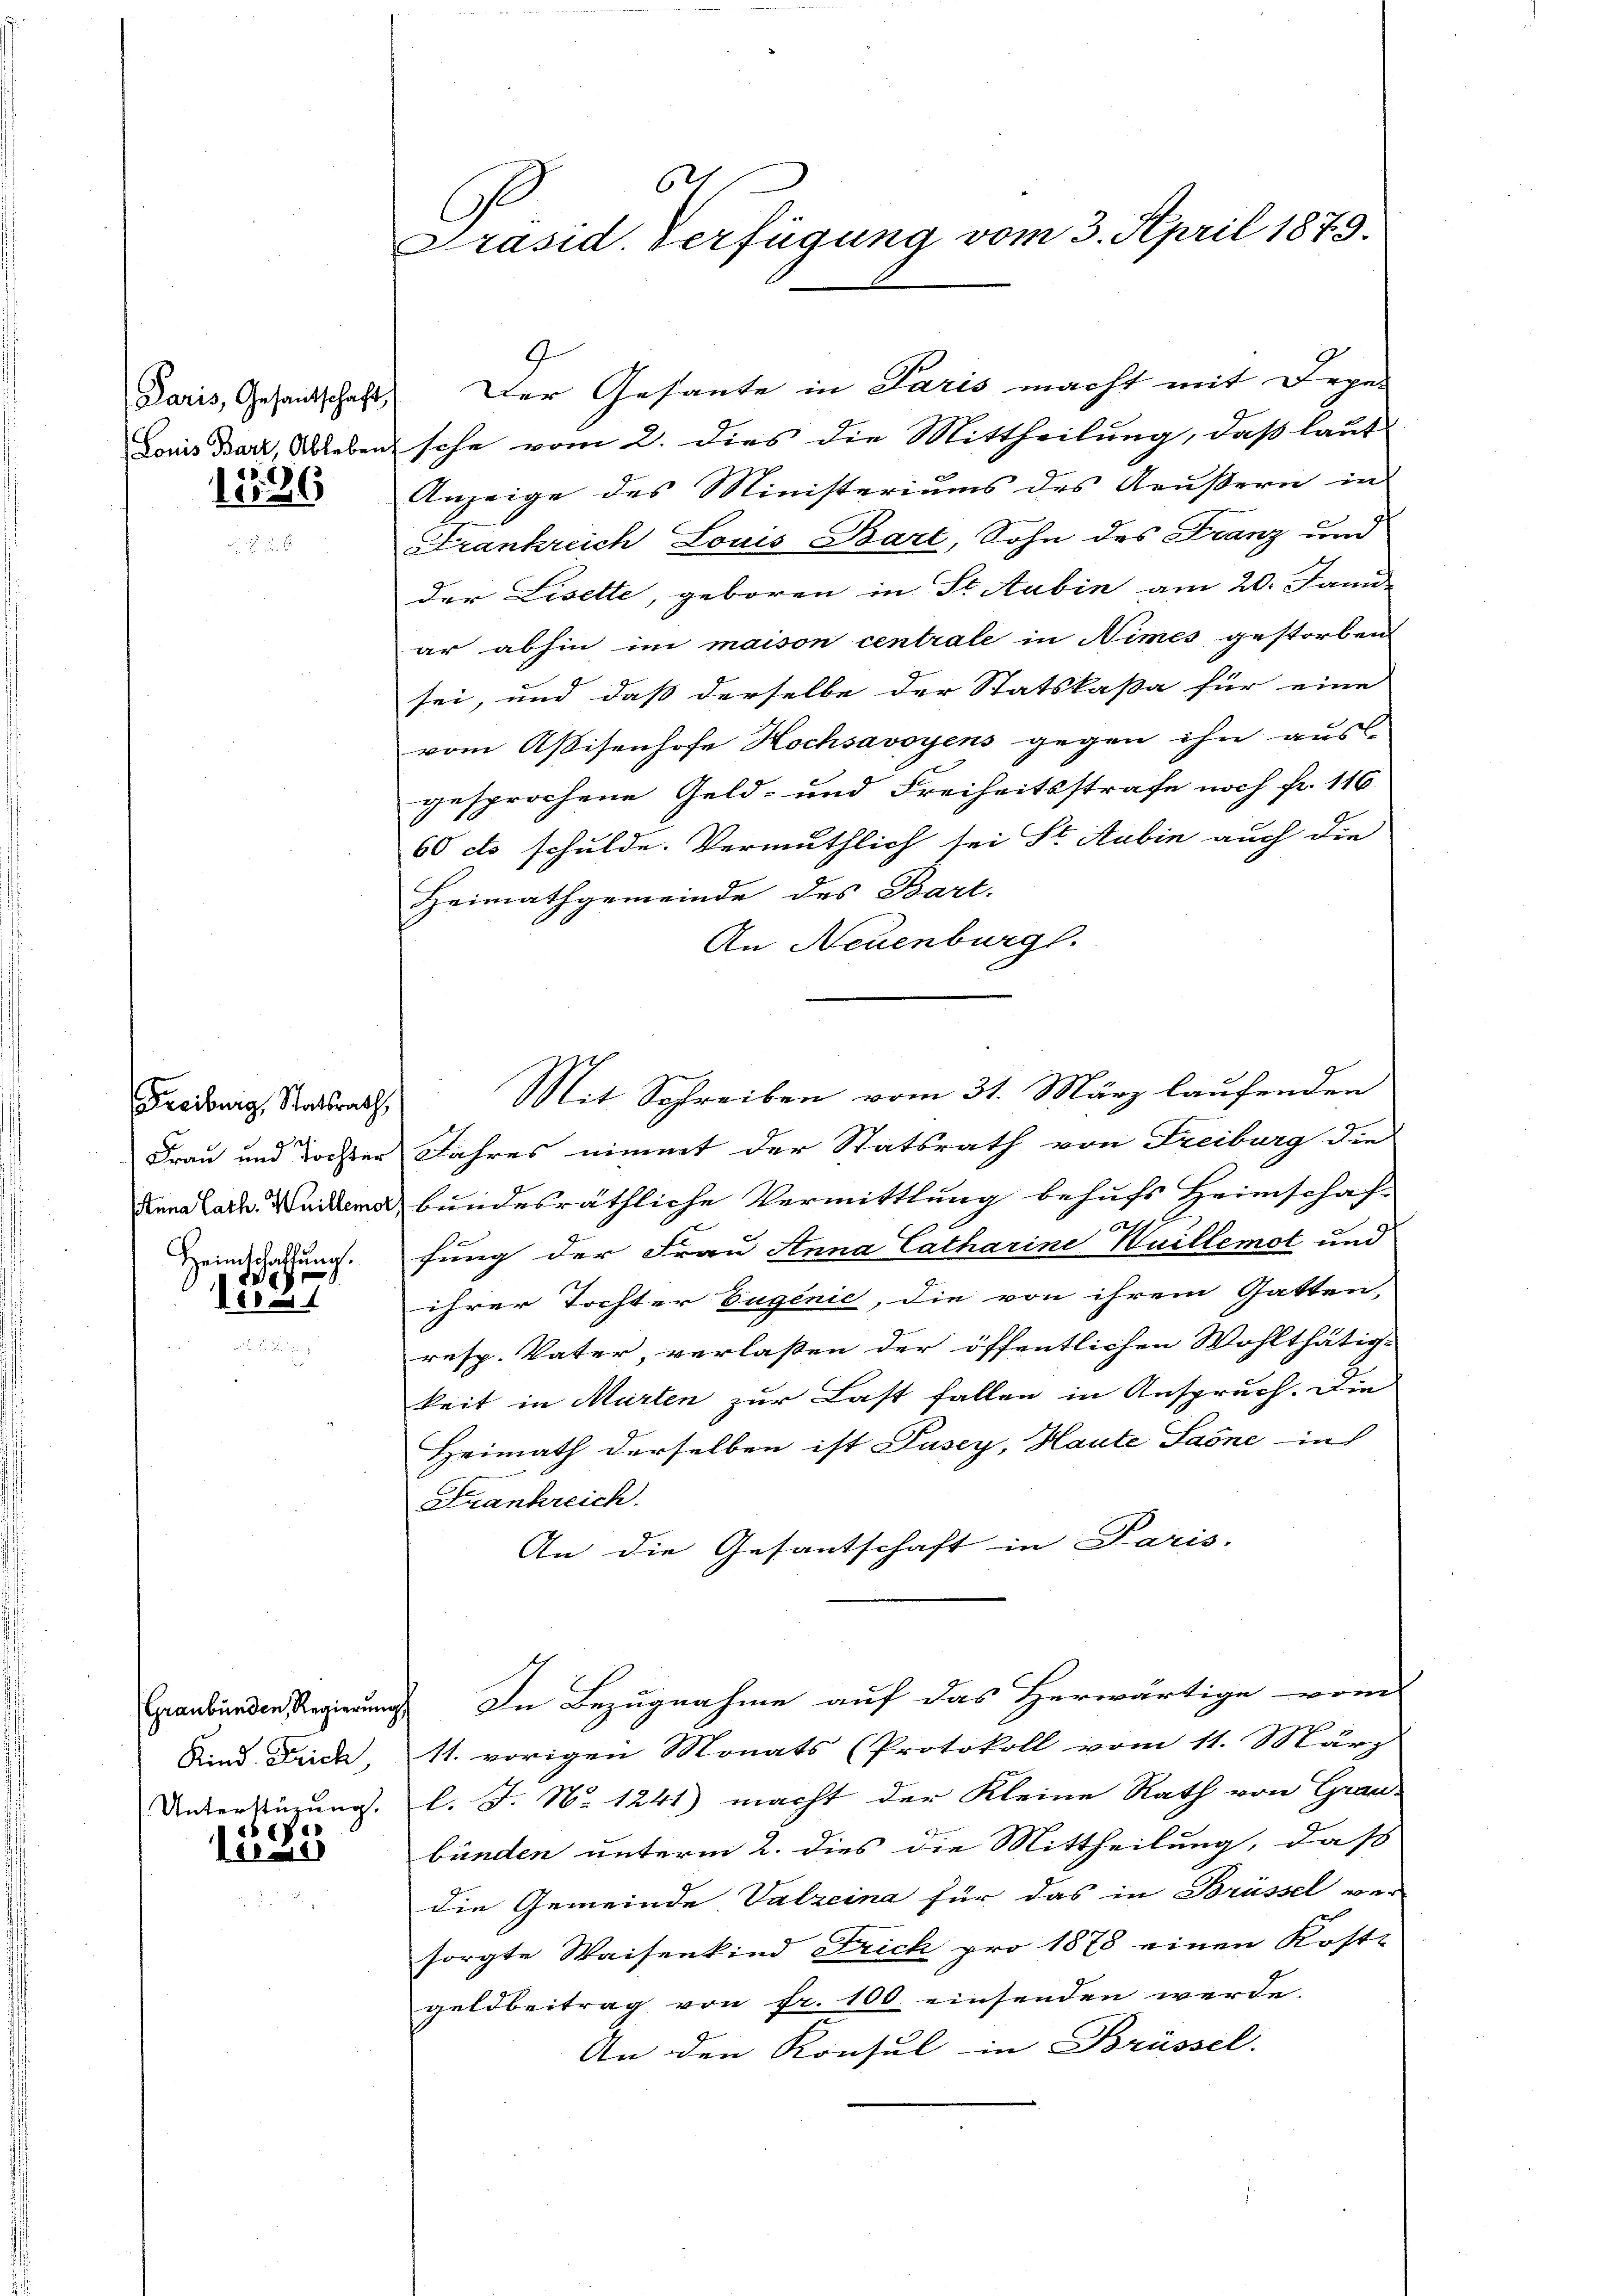
1126

Freiburg, Statsrath,
Heimschatzung.

e
e

xx

e

621
Präsid. Verfügung vom 3. April 1879.

Paris, Gesandschaft. Der Gesante in Paris macht mit Dege-
Louis Barz, Ableben sche vom 2. dies die Mittheilung, daß laut
Anzeige des Ministeriums des Aeußern in
Strankreich Louis Bart, Sohn des Franz und
der Lisette, geboren in St. Aubin am 20. Janu
ar abhin im maison centrale in Nimes gestorben
sei, und dass derselbe der Statskaßa für eine
vom Aßisenhofe Hochsavoyens gegen ihn aus-
gesprochene Geld- und Freiheitsstrafe noch fr. 116
60 cts schulde. Vermuthlich sei St. Aubin auch die
Heimathgemeinde des Bart.
An Neuenburgl.
Mit Schreiben vom 31. März laufenden
Frau und Tochter Jahres nimmt der Statsrath von Freiburg die
dena Cat. Weiden bundesräthliche Vermittlung behufs Heimschaf-
x
fung der Frau Anna Catharine Waillemot und
ihrer Tochter Eugenie, die von ihrem Gatten,
resp. Vater, verlaßen der öffentlichen Wohlthätig-
keit in Murten zur Last fallen in Anspruch. Die
Heimath derselben ist Pusey, Haute Sarnein
Frankreich.
An die Gesantschaft in Paris.
Graubünden Regierungs. In Bezugnahme auf das Herwärtige vom
Sind Frick, 11. vorigen Monats (Protokoll vom 11. März
Unterdingung. l. J. No 1241) macht der Kleine Rath von Grau-
bünden unterm 2. dies die Mittheilung, daß
die Gemeinde Valzeina für das in Brüssel ver-
sorgte Waisenkind Frich pro 1878 einen Kost-
geldbeitrag von fr. 100. einsenden werde.
An den Konsul in Brüssel.